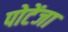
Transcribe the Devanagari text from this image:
पोटेंजा